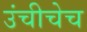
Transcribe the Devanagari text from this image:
उंचीचेच